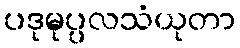
ပဒုမုပ္ပလသံယုတာ